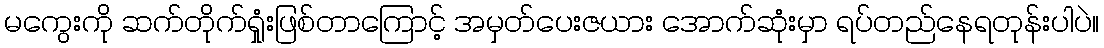
မကွေးကို ဆက်တိုက်ရှုံးဖြစ်တာကြောင့် အမှတ်ပေးဇယား အောက်ဆုံးမှာ ရပ်တည်နေရတုန်းပါပဲ။